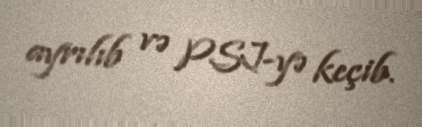
ayrılıb və PSJ-yə keçib.